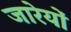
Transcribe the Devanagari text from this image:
जारेयों